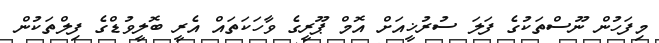
މިފަހުން ނޫސްތަކުގެ ފަލަ ސުރުޚީއަށް އޮމް ޕޫރީގެ ވާހަކަތައް އެރީ ބޮލީވުޑްގެ ފިލްތަކުން